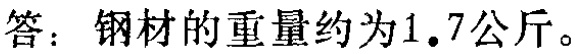
答：钢材的重量约为$1.7$公斤。